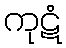
ကုဋံ